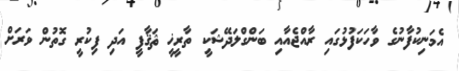
އެމަނިކުފާނުގެ ވާހަކަފުޅުގައި ރާއްޖެއާއި ބަންގްލަދޭޝަކީ ތާރީޚީ ޘަޤާފީ އަދި ފިކުރީ ގޮތުން ވަރަށް